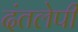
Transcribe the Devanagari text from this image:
दंतलेपी